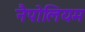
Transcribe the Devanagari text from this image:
नैपोलियम